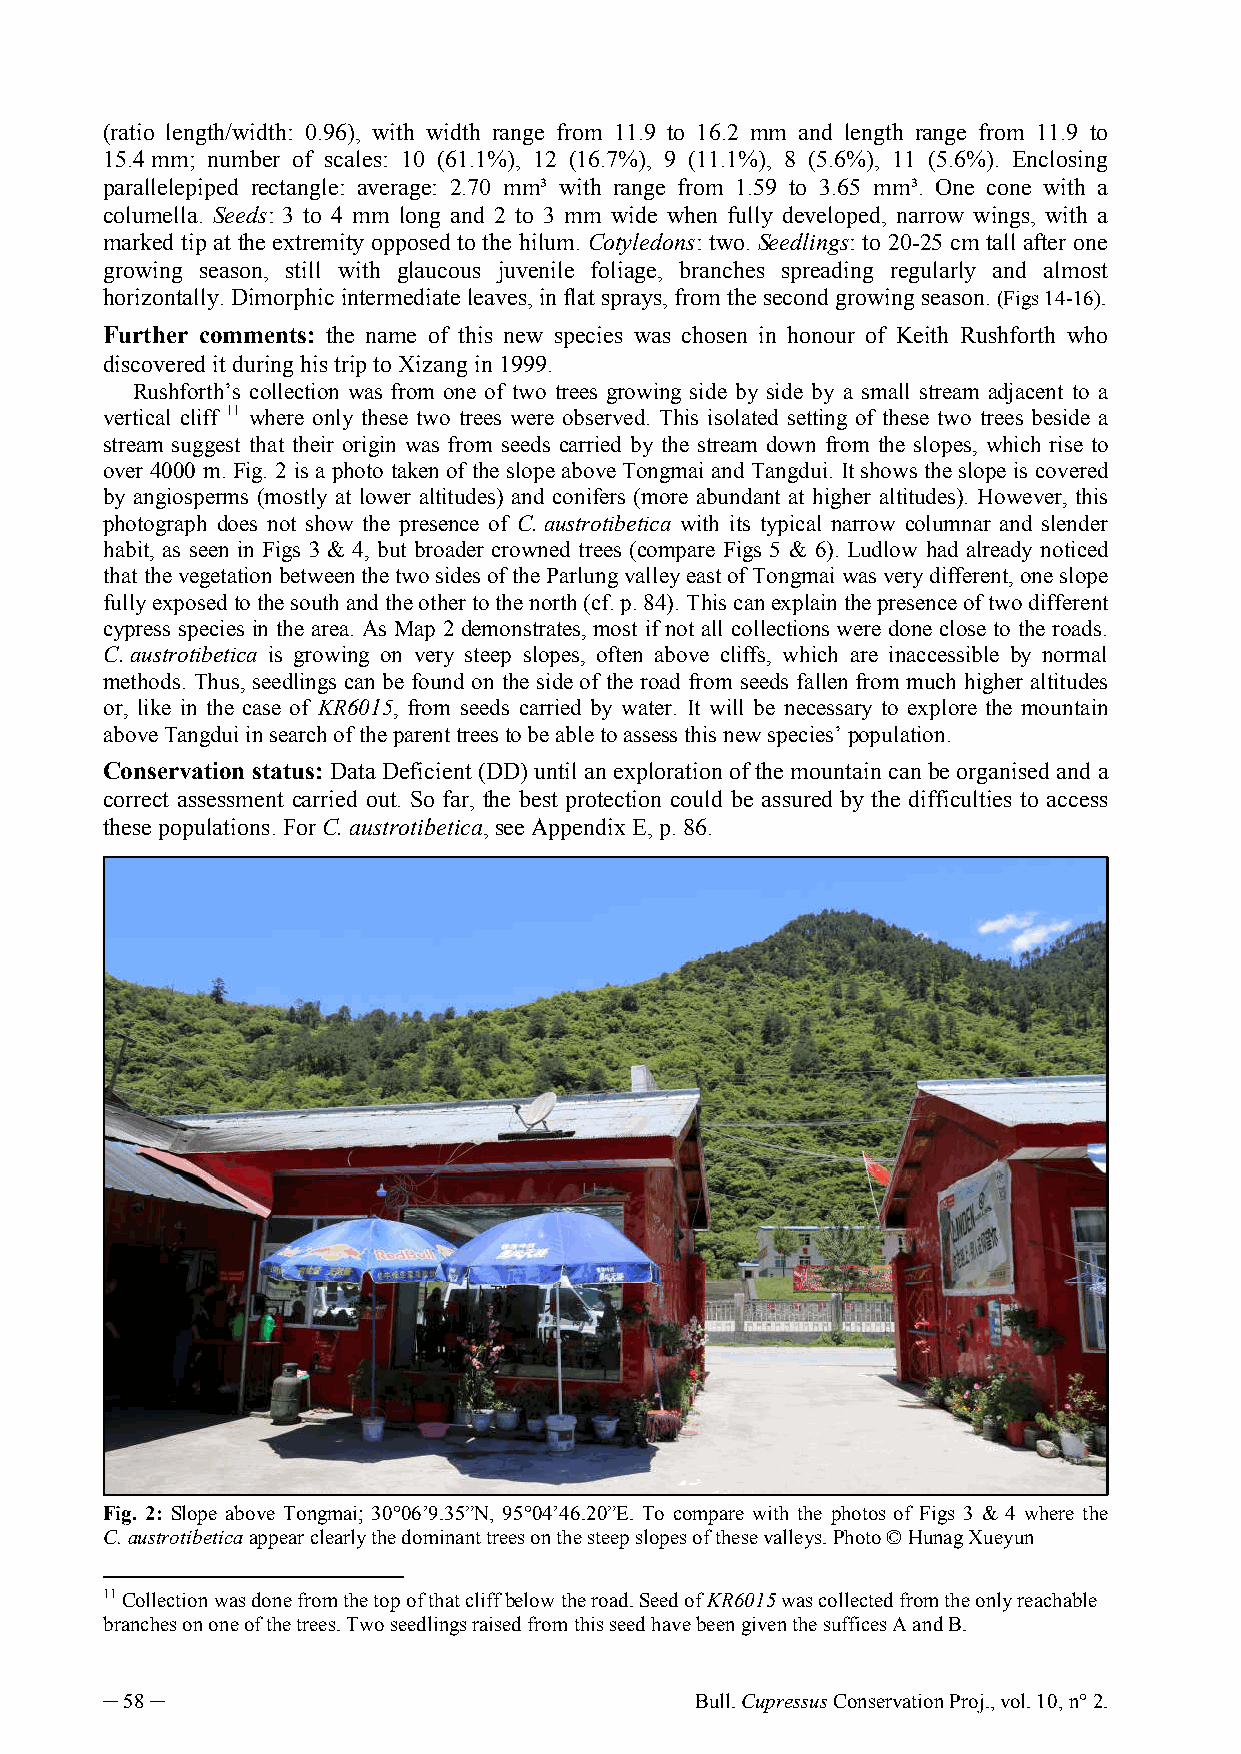
(ratio length/width: 0.96), with width range from 11.9 to 16.2 mm and length range from 11.9 to
 15.4 mm; number of scales: 10 (61.1%), 12 (16.7%), 9 (11.1%), 8 (5.6%), 11 (5.6%). Enclosing
 parallelepiped rectangle: average: 2.70 mm³ with range from 1.59 to 3.65 mm³. One cone with a
 columella. Seeds: 3 to 4 mm long and 2 to 3 mm wide when fully developed, narrow wings, with a
 marked tip at the extremity opposed to the hilum. Cotyledons: two. Seedlings: to 20-25 cm tall after one
 growing season, still with glaucous juvenile foliage, branches spreading regularly and almost
 horizontally. Dimorphic intermediate leaves, in flat sprays, from the second growing season. (Figs 14-16).
 Further comments: the name of this new species was chosen in honour of Keith Rushforth who
 discovered it during his trip to Xizang in 1999.
 Rushforth’s collection was from one of two trees growing side by side by a small stream adjacent to a
 vertical cliff 11 where only these two trees were observed. This isolated setting of these two trees beside a
 stream suggest that their origin was from seeds carried by the stream down from the slopes, which rise to
 over 4000 m. Fig. 2 is a photo taken of the slope above Tongmai and Tangdui. It shows the slope is covered
 by angiosperms (mostly at lower altitudes) and conifers (more abundant at higher altitudes). However, this
 photograph does not show the presence of C. austrotibetica with its typical narrow columnar and slender
 habit, as seen in Figs 3 & 4, but broader crowned trees (compare Figs 5 & 6). Ludlow had already noticed
 that the vegetation between the two sides of the Parlung valley east of Tongmai was very different, one slope
 fully exposed to the south and the other to the north (cf. p. 84). This can explain the presence of two different
 cypress species in the area. As Map 2 demonstrates, most if not all collections were done close to the roads.
 C. austrotibetica is growing on very steep slopes, often above cliffs, which are inaccessible by normal
 methods. Thus, seedlings can be found on the side of the road from seeds fallen from much higher altitudes
 or, like in the case of KR6015, from seeds carried by water. It will be necessary to explore the mountain
 above Tangdui in search of the parent trees to be able to assess this new species’ population.
 Conservation status: Data Deficient (DD) until an exploration of the mountain can be organised and a
 correct assessment carried out. So far, the best protection could be assured by the difficulties to access
 these populations. For C. austrotibetica, see Appendix E, p. 86.
 Fig. 2: Slope above Tongmai; 30°06’9.35”N, 95°04’46.20”E. To compare with the photos of Figs 3 & 4 where the
 C. austrotibetica appear clearly the dominant trees on the steep slopes of these valleys. Photo © Hunag Xueyun
 11 Collection was done from the top of that cliff below the road. Seed of KR6015 was collected from the only reachable
 branches on one of the trees. Two seedlings raised from this seed have been given the suffices A and B.
 ─ 58 ─                                 Bull. Cupressus Conservation Proj., vol. 10, n° 2.